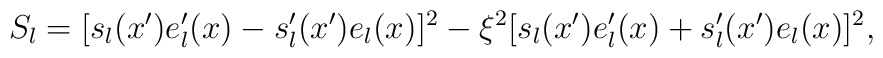
S_l=[s_l(x')e'_l(x)-s_l'(x')e_l(x)]^2-\xi^2[s_l(x')e'_l(x)+s_l'(x')e_l(x)]^2,